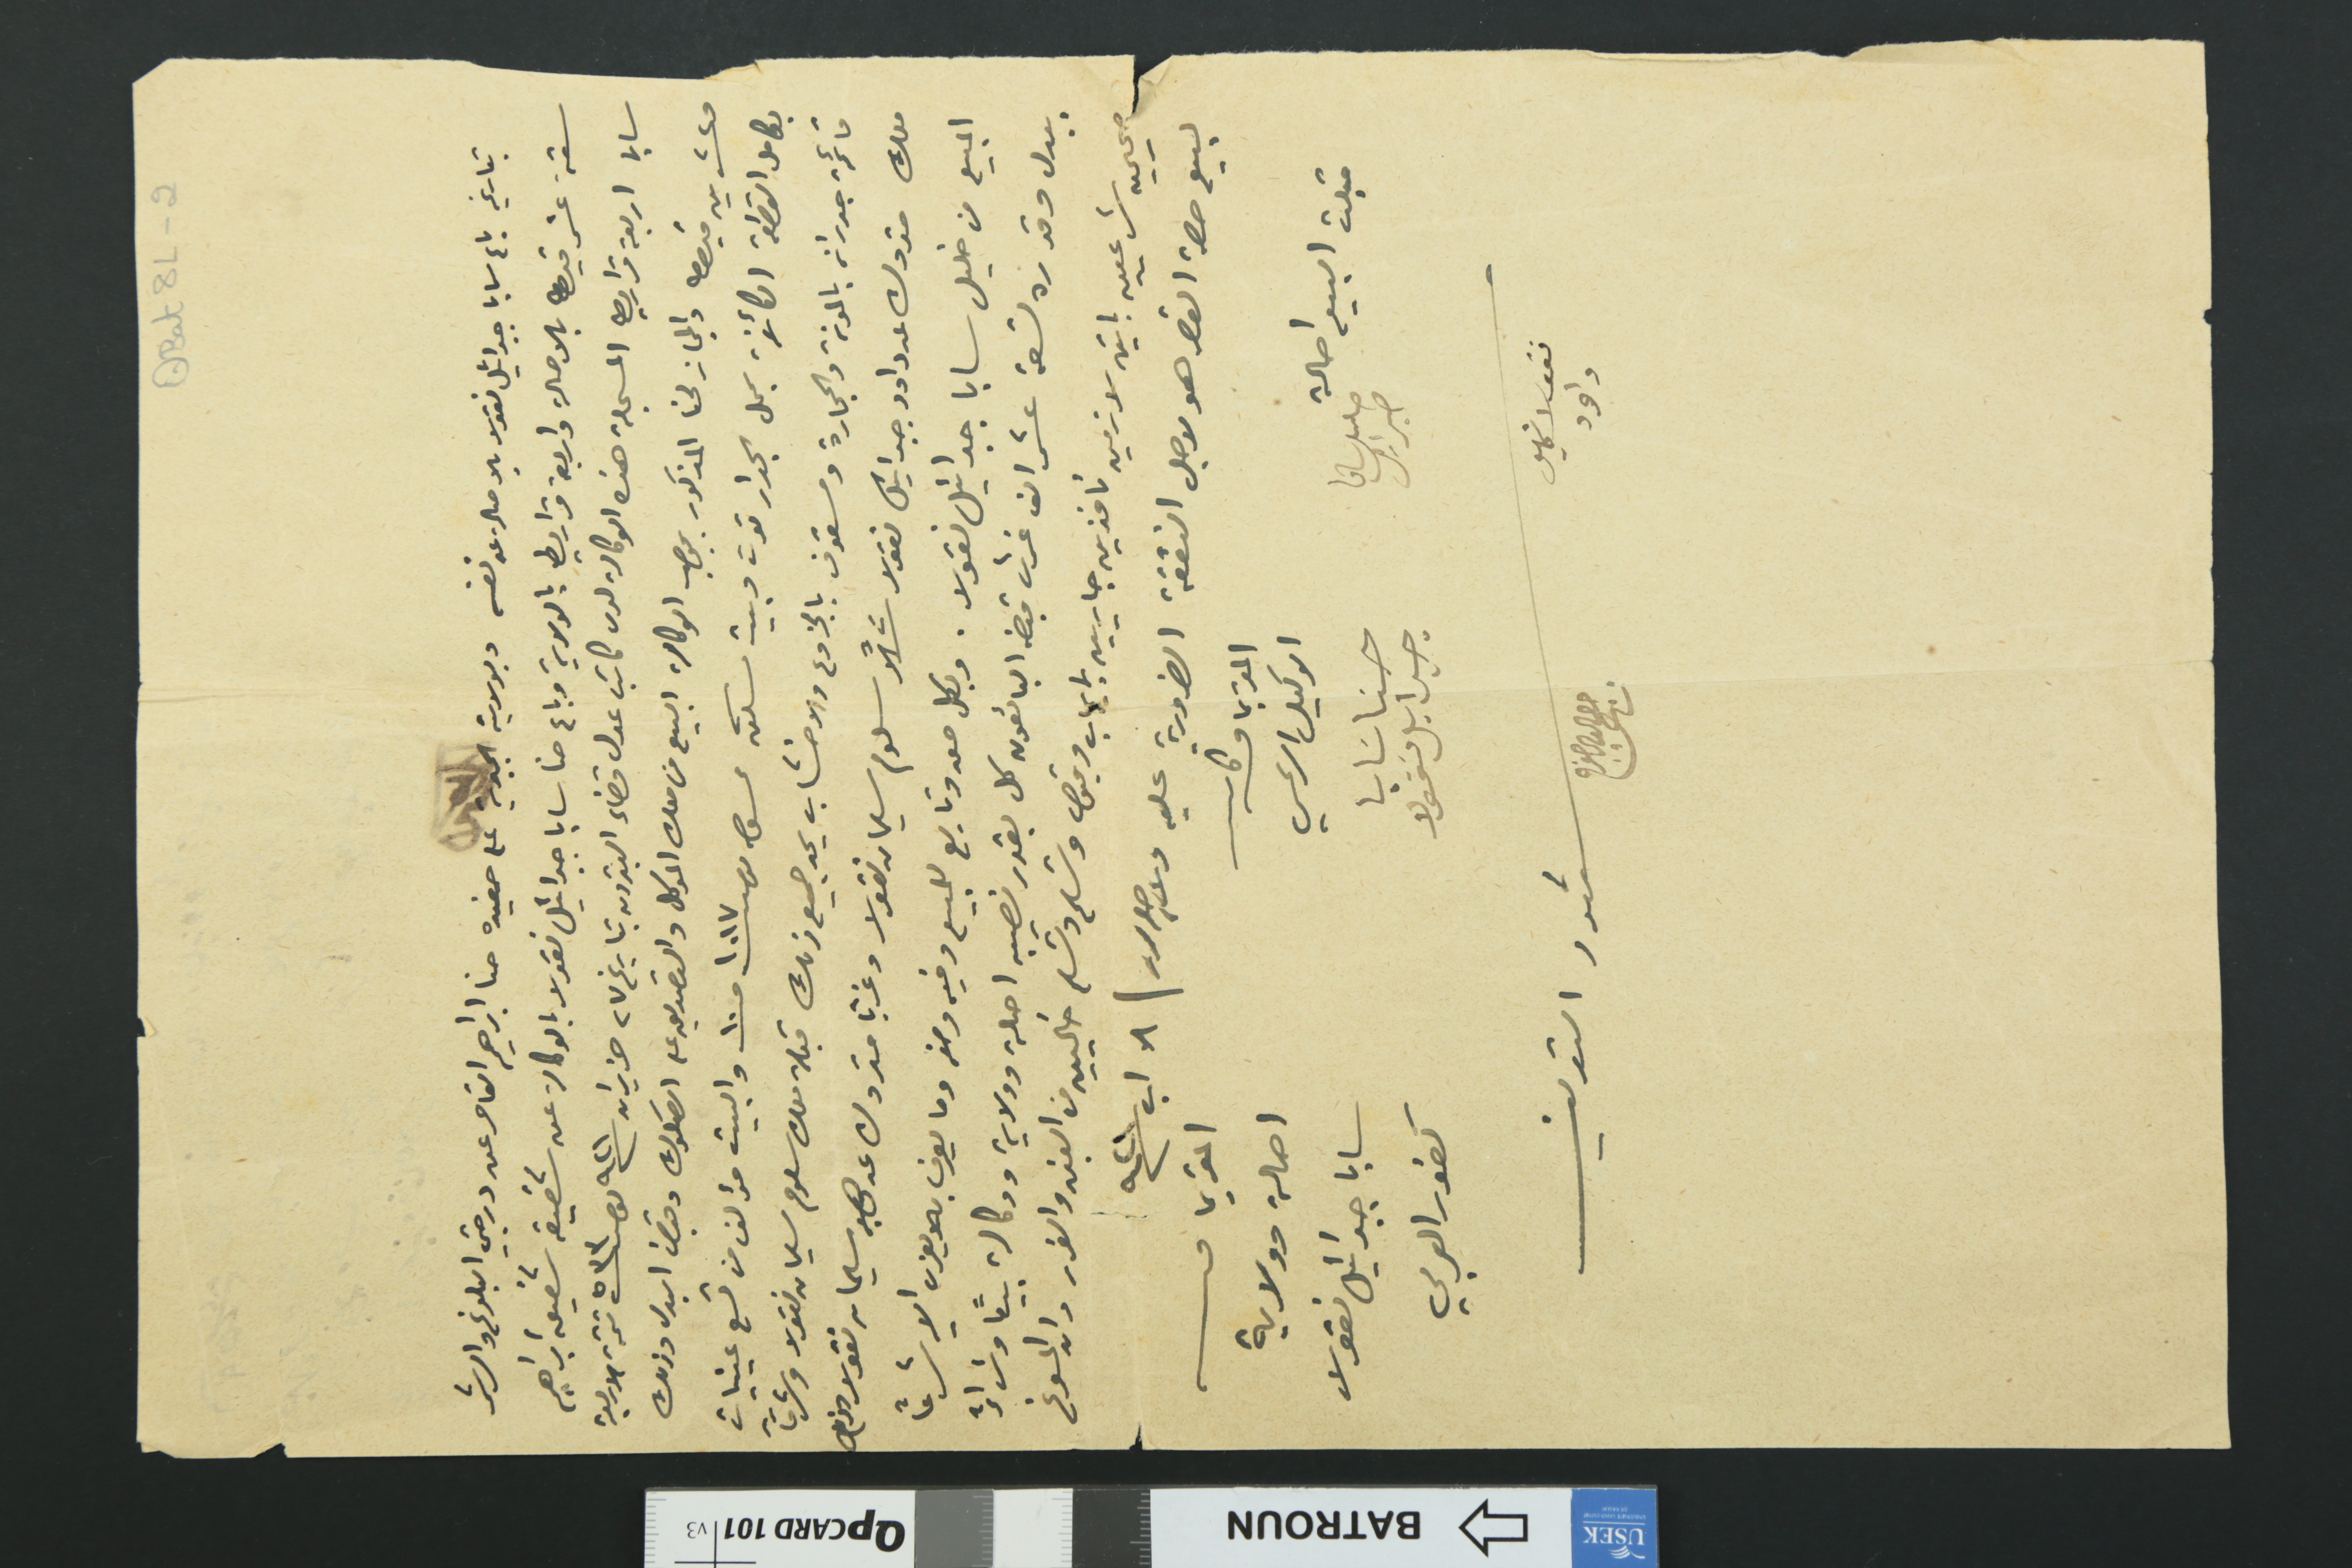
QBat8L-2
بتاريخه باع سابا جبرائيل نقولا بالاصاله عن نفسه وبولايته الجبرية على حفيده حنا ابراهيم القاصر عن درجتي البلوغ والرشد
ستة عشر قيراط بالاصالة واربعة قراريط بالولاية وباع حنا سابا جبرائيل نقولا بالوكالة عن شقيقه شفيق ابراهيم
سابا اربعة قراريط المسجلة هذه الوكالة لدى كاتب عدل قضاء البترون بتاريخ ٢٧ حزيران سنة ٩٢١ نمرو ٥٣٣ تتمة الاربعة
وعشرين قيراط والمجاز لحنا المذكور بموجب الوكالة البيع من ملك الموكل والتصديق على الصكوك وقبض البدل وذلك
بكامل القطعة الكائنة بمحل الجدار توت وبيت سكن ممسوح نمرو ١٠١٧ حـ ١٠ والبيت مؤلف من تسع عينيات
قائمة جدران بالمونة والحجارة ومسقوف بالجزوع والاخشاب يحد جميع ذلك قبلة ملك سلوم سليمان نقولا وشرقاً
ملك متروك عن داود جبرائيل نقولا شمالاً سلوم سليمان نقولا وغرباً متروك عن صابر سليمان نقولا مفوض
البيع من خليل سابا جبرائيل نقولا. وبكل معه وتابع للبيع وفيه ومنه وما يعرف به ويعزى اليه شرعاً
ببدل وقدره تسعة عشر الف غرش قبضه البائعون كل بقدر نصيبه اصالة وولاية ووكالة بيعاً وشراءً
صحيحين شرعيين باتين لازمين نافذين جاريين بإيجاب وقبول وتسلىم وتسلم خاليين من الغبن والغرر وان المسوغ
لبيع حصة القاصر هو لاجل النفقة الضرورية عليه ولاجله حرر / ٨ اب سنة ٩٢١
قبلت البيع احالة خليل سابا جبرايل
المقر به وكاتب الوكيل الشرعي حنا سَابا جبرايل نقولا
المقر بما فيه اصالة وولاية سابا جبرائيل نقولا كفور العربي
شهود التعريف
نقولا خليل داود                           جرجس الياس مفرج